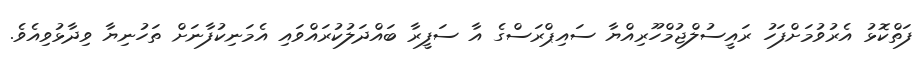
ފަތްކޮޅު އެރުވުމަށްފަހު ރައީސުލްޖުމްހޫރިއްޔާ ސައިޕްރަސްގެ އާ ސަފީރާ ބައްދަލުކުރައްވައި އެމަނިކުފާނަށް ތަހުނިޔާ ވިދާޅުވިއެވެ.